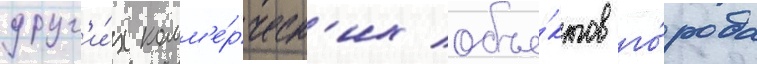
друг'и́х комм'е́рческ'их объе́ктов го́рода